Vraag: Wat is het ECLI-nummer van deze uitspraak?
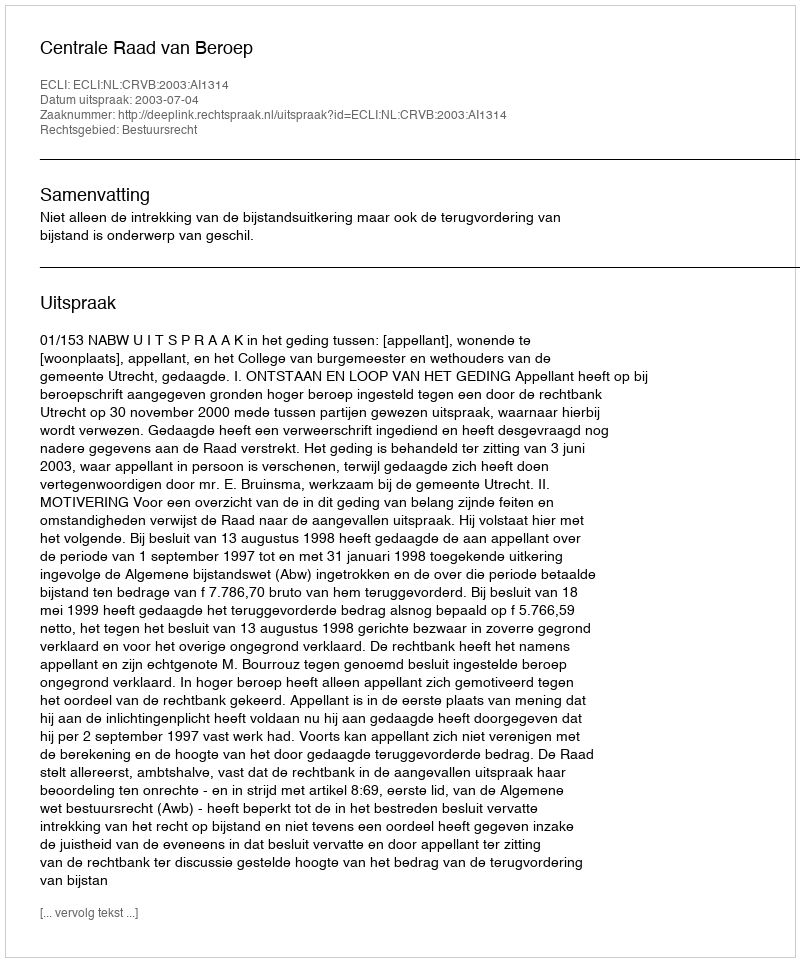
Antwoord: ECLI:NL:CRVB:2003:AI1314